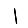
Digit: 1